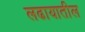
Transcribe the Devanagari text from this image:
लढायातील